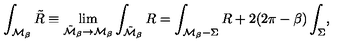
\int _ { { \cal M } _ { \beta } } { \tilde { R } } \equiv \lim _ { { \tilde { \cal M } } _ { \beta } \rightarrow { \cal M } _ { \beta } } \int _ { { \tilde { \cal M } } _ { \beta } } R = \int _ { { \cal M } _ { \beta } - \Sigma } R + 2 ( 2 \pi - \beta ) \int _ { \Sigma } ,